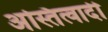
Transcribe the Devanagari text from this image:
अस्तित्वादी